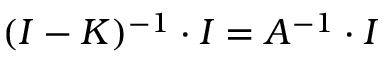
( I - K ) ^ { - 1 } \cdot I = A ^ { - 1 } \cdot I